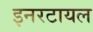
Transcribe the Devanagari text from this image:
इनरटायल